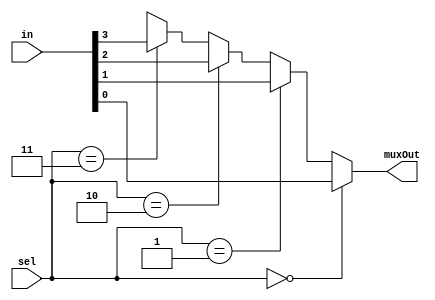
// SPDX-FileCopyrightText: 2022 Subash Polisetty
//
// Licensed under the Apache License, Version 2.0 (the "License");
// you may not use this file except in compliance with the License.
// You may obtain a copy of the License at
//
//      http://www.apache.org/licenses/LICENSE-2.0
//
// Unless required by applicable law or agreed to in writing, software
// distributed under the License is distributed on an "AS IS" BASIS,
// WITHOUT WARRANTIES OR CONDITIONS OF ANY KIND, either express or implied.
// See the License for the specific language governing permissions and
// limitations under the License.
// SPDX-License-Identifier: Apache-2.0
// SPDX-FileContributor: Subash Polisetty (subash92.16@gmail.com)


module mux_4_1(
    input [3:0] in,
    input [1:0] sel,
    output muxOut
);

    assign muxOut = (sel == 2'd0) ? in[0] : (sel == 2'd1) ? in[1] : (sel == 2'd2) ? in[2] : (sel == 2'd3) ? in[3] : in[4];

endmodule